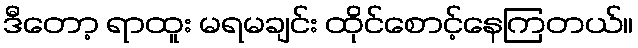
ဒီတော့ ရာထူး မရမချင်း ထိုင်စောင့်နေကြတယ်။